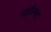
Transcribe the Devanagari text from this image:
नाड़ीस्पंद